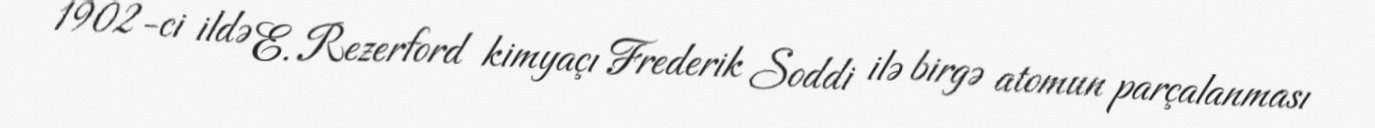
1902-ci ildə E. Rezerford kimyaçı Frederik Soddi ilə birgə atomun parçalanması